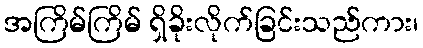
အကြိမ်ကြိမ် ရှိခိုးလိုက်ခြင်းသည်ကား၊